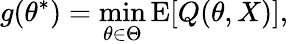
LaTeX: g(\theta^{*})=\operatorname*{min}_{\theta\in\Theta}\operatorname{E}[Q(\theta,X)],